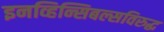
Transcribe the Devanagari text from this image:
इनव्हिन्सिबल्सविरुद्ध